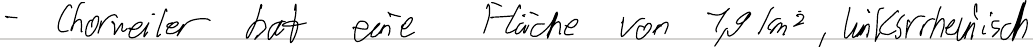
- Chorweiler hat eine Fläche von 1,9 km2, linksrrheinisch